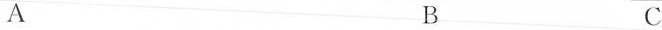
A B C